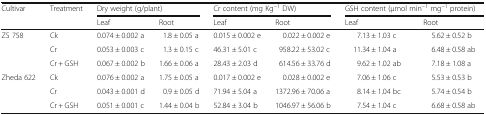
<table><thead><tr><td rowspan="2"><b>Cultivar</b></td><td rowspan="2"><b>Treatment</b></td><td colspan="2"><b>Dry weight (g/plant)</b></td><td colspan="2"><b>Cr content (mg Kg<sup>−1</sup> DW)</b></td><td colspan="2"><b>GSH content (μmol min<sup>−1</sup> mg<sup>−1</sup> protein)</b></td></tr><tr><td><b>Leaf</b></td><td><b>Root</b></td><td><b>Leaf</b></td><td><b>Root</b></td><td><b>Leaf</b></td><td><b>Root</b></td></tr></thead><tbody><tr><td rowspan="3">ZS 758</td><td>Ck</td><td>0.074 ± 0.002 a</td><td>1.8 ± 0.05 a</td><td>0.015 ± 0.002 e</td><td>0.022 ± 0.002 e</td><td>7.13 ± 1.03 c</td><td>5.62 ± 0.52 b</td></tr><tr><td>Cr</td><td>0.053 ± 0.003 c</td><td>1.3 ± 0.15 c</td><td>46.31 ± 5.01 c</td><td>958.22 ± 53.02 c</td><td>11.34 ± 1.04 a</td><td>6.48 ± 0.58 ab</td></tr><tr><td>Cr + GSH</td><td>0.067 ± 0.002 b</td><td>1.66 ± 0.06 a</td><td>28.43 ± 2.03 d</td><td>614.56 ± 33.76 d</td><td>9.62 ± 1.02 ab</td><td>7.18 ± 1.08 a</td></tr><tr><td rowspan="3">Zheda 622</td><td>Ck</td><td>0.076 ± 0.002 a</td><td>1.75 ± 0.05 a</td><td>0.017 ± 0.002 e</td><td>0.028 ± 0.002 e</td><td>7.06 ± 1.06 c</td><td>5.53 ± 0.53 b</td></tr><tr><td>Cr</td><td>0.043 ± 0.001 d</td><td>0.9 ± 0.05 d</td><td>71.94 ± 5.04 a</td><td>1372.96 ± 70.06 a</td><td>8.14 ± 1.04 bc</td><td>5.74 ± 0.54 b</td></tr><tr><td>Cr + GSH</td><td>0.051 ± 0.001 c</td><td>1.44 ± 0.04 b</td><td>52.84 ± 3.04 b</td><td>1046.97 ± 56.06 b</td><td>7.54 ± 1.04 c</td><td>6.68 ± 0.58 ab</td></tr></tbody></table>